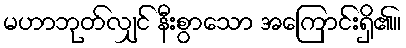
မဟာဘုတ်လျှင် နီးစွာသော အကြောင်းရှိ၏။